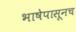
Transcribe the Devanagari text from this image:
भाषेपासूनच